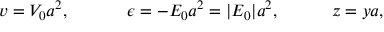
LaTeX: v = V _ { 0 } a ^ { 2 } , ~ ~ ~ ~ ~ ~ ~ ~ ~ ~ \epsilon = - E _ { 0 } a ^ { 2 } = | E _ { 0 } | a ^ { 2 } , ~ ~ ~ ~ ~ ~ ~ ~ ~ z = y a ,